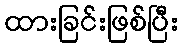
ထားခြင်းဖြစ်ပြီး